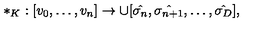
* _ { K } : [ v _ { 0 } , \dots , v _ { n } ] \to \cup [ \hat { \sigma _ { n } } , \hat { \sigma _ { n + 1 } } , \dots , \hat { \sigma _ { D } } ] ,